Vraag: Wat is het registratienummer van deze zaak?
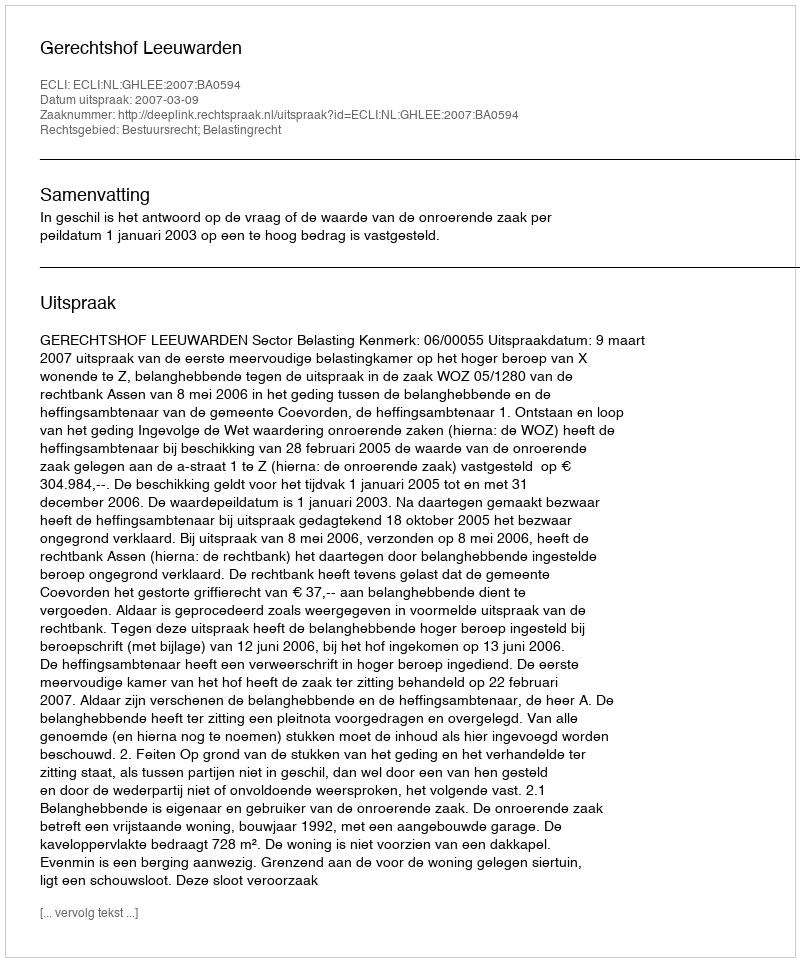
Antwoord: http://deeplink.rechtspraak.nl/uitspraak?id=ECLI:NL:GHLEE:2007:BA0594